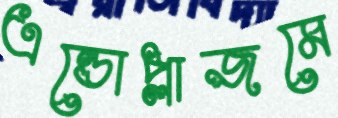
এন্ডোপ্লাজমে